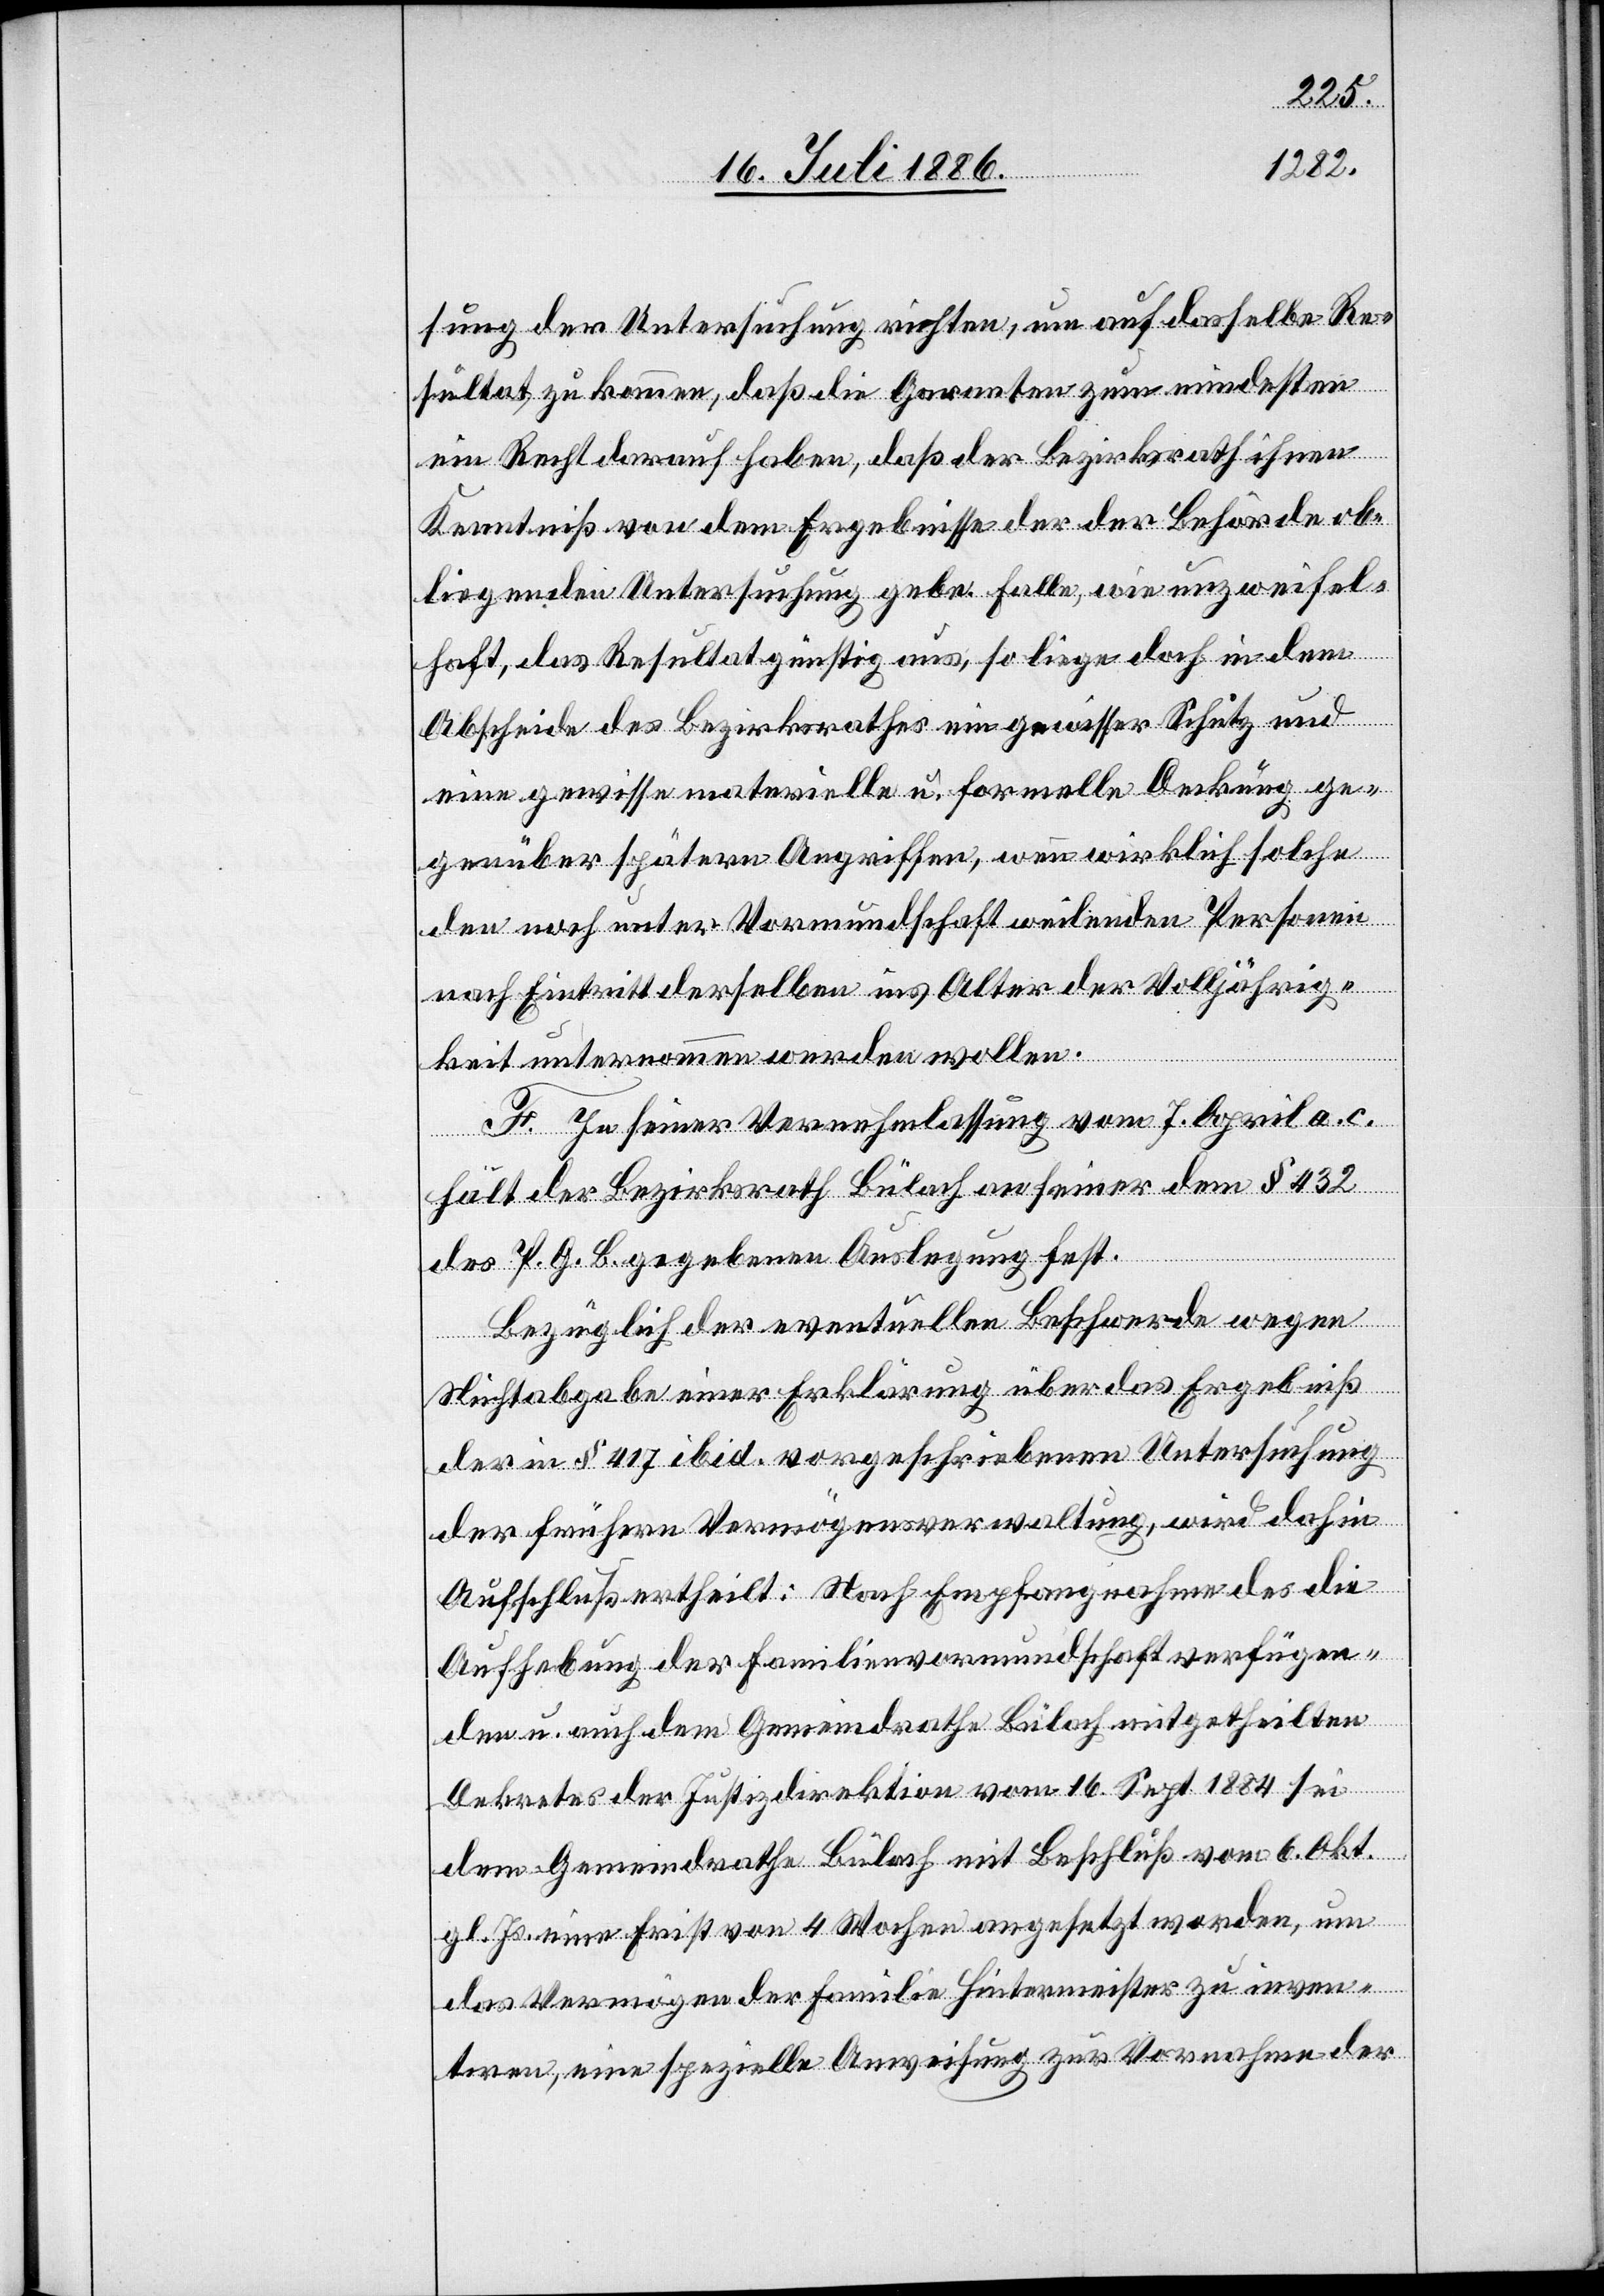
sung der Untersuchung richten, um auf dasselbe Re¬
sultat zu kommen, daß die Garanten zum mindesten
ein Recht darauf haben, daß der Bezirksrath ihnen
Kenntniß von dem Ergebnisse der der Behörde ob¬
liegenden Untersuchung gebe. Falle, wie unzweifel¬
haft, das Resultat günstig aus, so liege doch in dem
Abscheide des Bezirksrathes ein gewisser Schutz und
eine gewisse materielle u. formelle Deckung ge¬
genüber spätern Angriffen, wenn wirklich solche
den noch unter Vormundschaft weilenden Personen
nach Eintritt derselben ins Alter der Volljährig¬
keit unternommen werden wollen.
F. In seiner Vernehmlassung vom 7. April a. c.
hält der Bezirksrath Bülach an seiner dem § 432
des P. G. B. gegebenen Auslegung fest.
Bezüglich der eventuellen Beschwerde wegen
Nichtabgabe einer Erklärung über das Ergebniß
der in § 417 ibid. vorgeschriebenen Untersuchung
der frühern Vermögensverwaltung, wird dahin
Aufschluß ertheilt: Nach Empfangnahme des die
Aufhebung der Familienvormundschaft verfügen¬
den u. auch dem Gemeindrath Bülach mitgetheilten
Dekretes der Justizdirektion vom 16. Sept. 1884 sei
dem Gemeindrathe Bülach mit Beschluß vom 6. Okt.
gl. Js. eine Frist von 4 Wochen angesetzt worden, um
das Vermögen der Familie Hintermeister zu inven¬
tiren, eine spezielle Anweisung zur Vornahme der